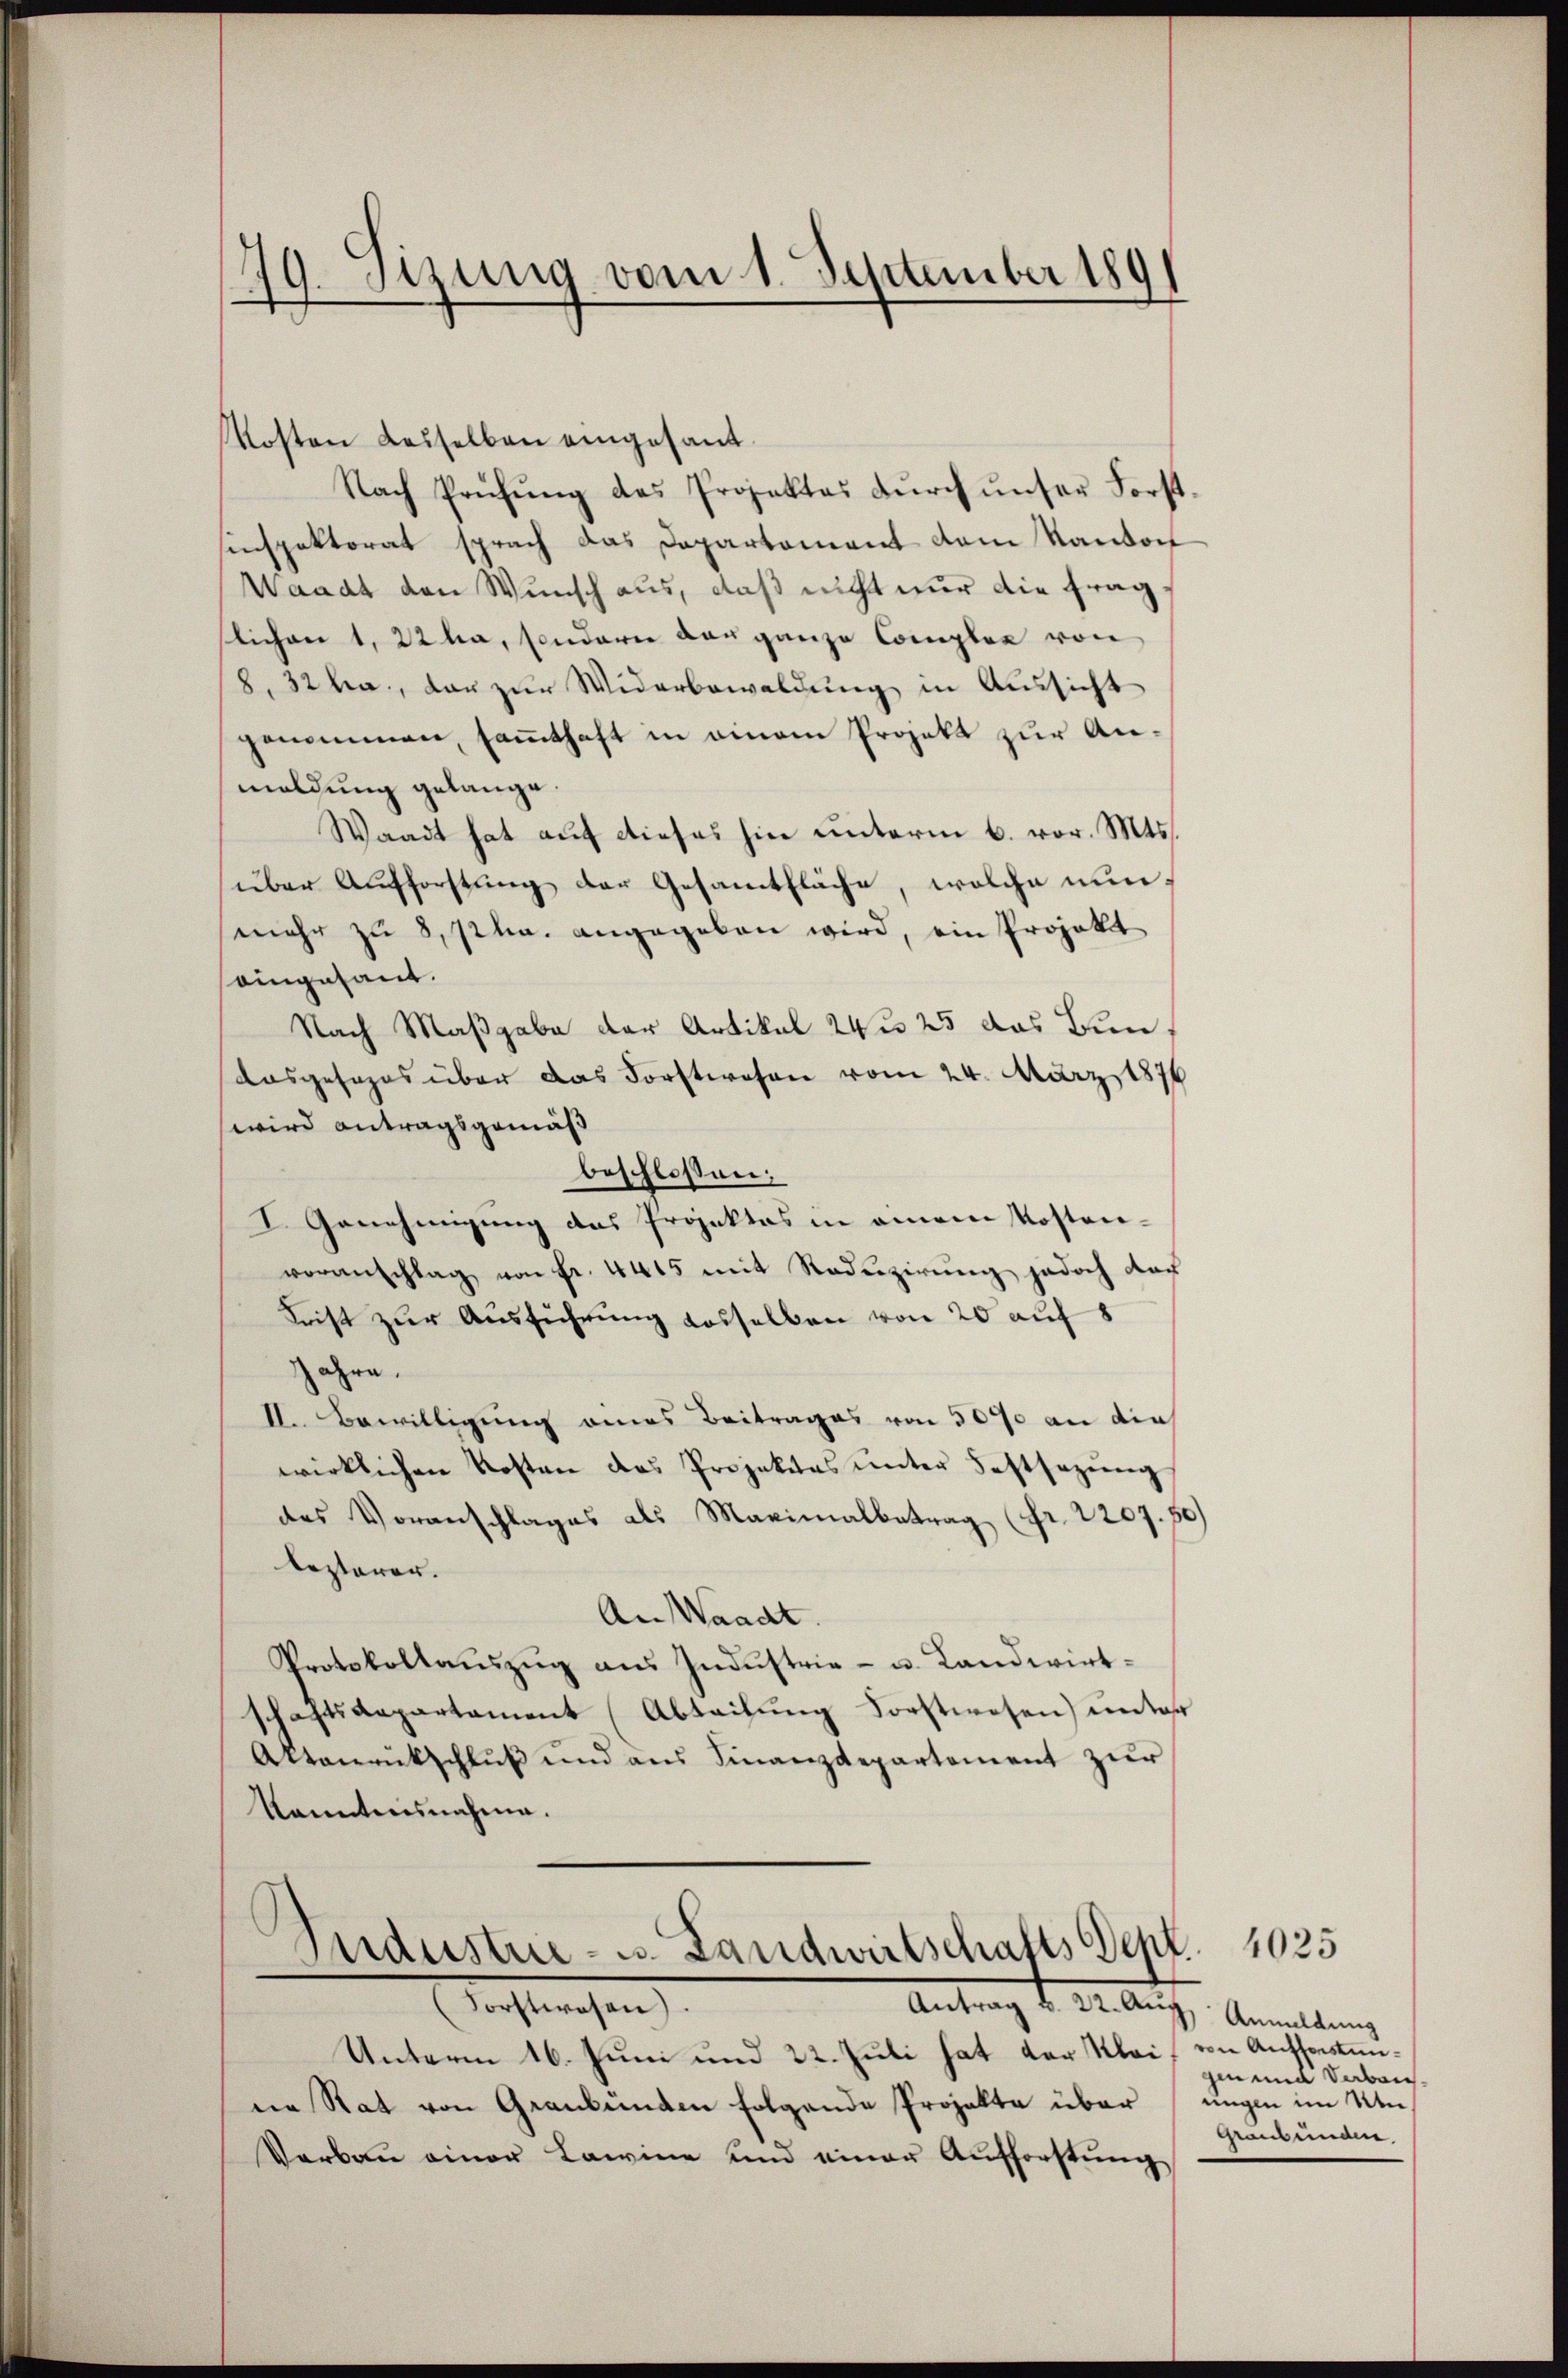
79. Sizung vom 1. September 189
f

Kosten Lasselben eingesant.
Nach Prüfŭng das Projektes dŭrch ŭnser Forst-
sinspektorat sprach das Departement dem Kanton
Waadt den Wunsch aus, daß nicht nur die fraglichen 1, 22 ha, sondern das ganze Complex von
8, 32 a., das zur Widerbewaldung in Aussicht
genommen, samthaft in einem Projekt zur Anmaldung gelange.
Waadt hat auf dieses hin unterm 6. vor. Mts.
über Aufforstung der Gesamtfläche, welche nunmehr zu 8, pha. angegeben wird, ein Projekt
eingesant.
Nach Maßgabe der Artikal zu 25 das Bun¬
Ausgesezes über das Forstwesen vom 24. März 1876
wird antragsgemäß
beschloßen:
I. Genehmigung des Projektes in einem Kostenveranschlag von Fr. 4415 mit Roduzierung jedoch das
Frist zur Ausführung desselben von 20 auf 8
Jahre.
II. Bewilligung eines Beitrages von 5000 an die
wirklichen Kosten das Projektes unter Festsezung
des Voranschlages als Maximalbetrag (fr. 2207. 50)
lezterer.
An Waadt.
Protokollauszug aus Industrie- u. Landwirtschaftsaepartament (Abteilung Forstwesen) unter
Aktanrückschluß und aus Finanzdepartement zur
kanntnisnahme.

Industrie- u. Landwirtschafts Dept. 1025
—
(Forstwesen.
Antrag d. 24. Auch, Anmeldung

Unterm 16. Juni und 22. Juli hat der Klei
ne Rat von Graubünden folgende Projekte über
Verbau einer Lawine und einer Aufforstung

von Aufforstungen und daben.
ungen im Win¬
Standeman